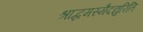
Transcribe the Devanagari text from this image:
श्राद्धमस्मैदद्युरिति